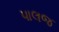
પાલજ